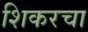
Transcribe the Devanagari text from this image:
शिकरचा